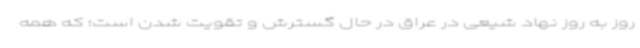
روز به روز نهاد شیعی در عراق در حال گسترش و تقویت شدن است؛ که همه